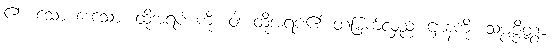
၏။ သော ဒေသော၊ ထိုအရပ် ကို။ ဝါ၊ ထိုအရပ်၏ တံမြက်လှည်း ဌာနကို။ သမ္ပဇ္ဇိတွာ၊